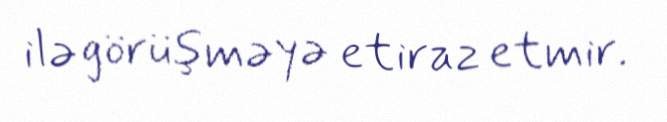
ilə görüşməyə etiraz etmir.